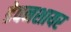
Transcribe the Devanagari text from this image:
डेवनशायर